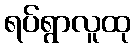
ရပ်ရွာလူထု